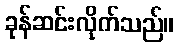
ခုန်ဆင်းလိုက်သည်။